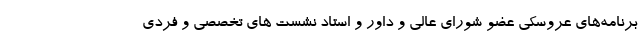
برنامه‌های عروسکی عضو شورای عالی و داور و استاد نشست های تخصصی و فردی